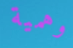
وهمية